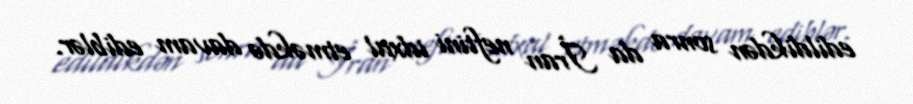
edildikdən sonra da İran neftini idxal etməkdə davam ediblər.